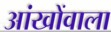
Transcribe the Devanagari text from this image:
आंखोंवाला